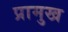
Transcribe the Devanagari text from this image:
प्रामुख